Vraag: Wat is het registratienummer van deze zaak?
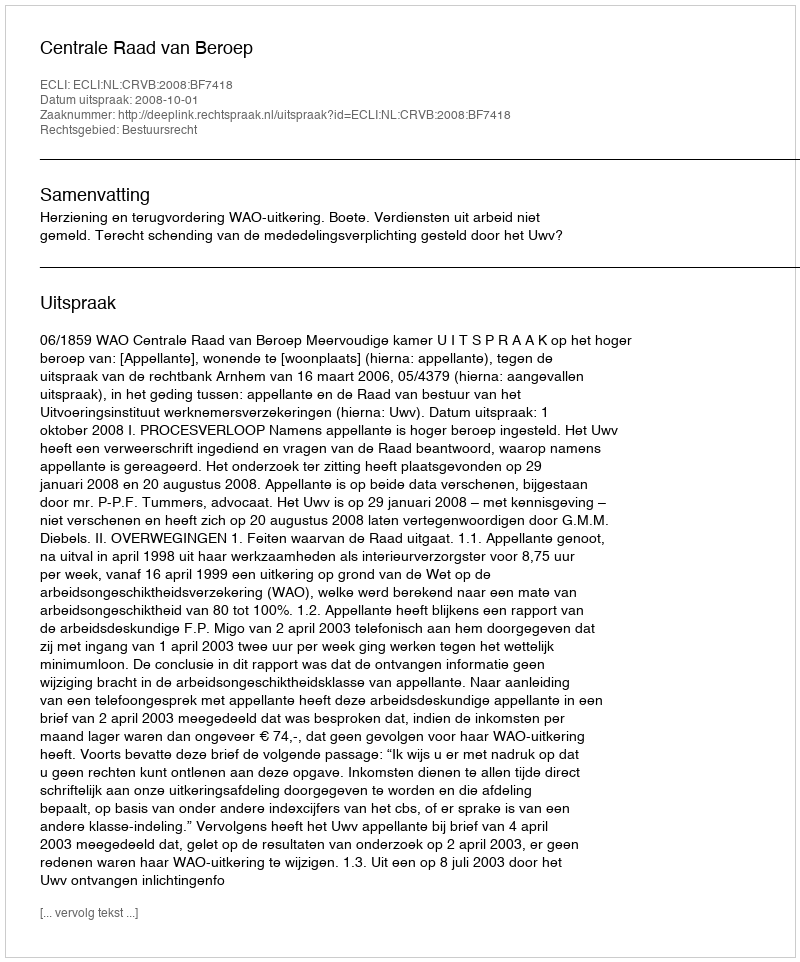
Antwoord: http://deeplink.rechtspraak.nl/uitspraak?id=ECLI:NL:CRVB:2008:BF7418